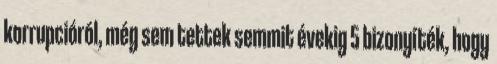
korrupcióról, még sem tettek semmit évekig 5 bizonyíték, hogy